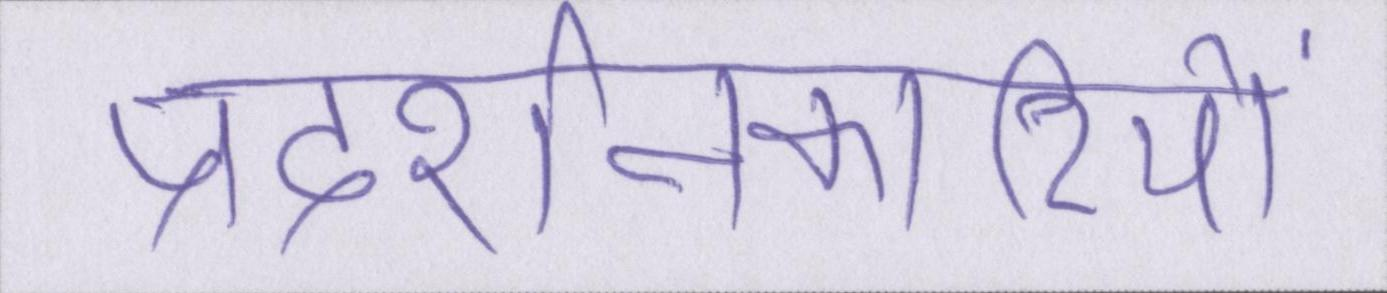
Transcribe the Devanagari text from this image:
प्रदर्शनकारियों